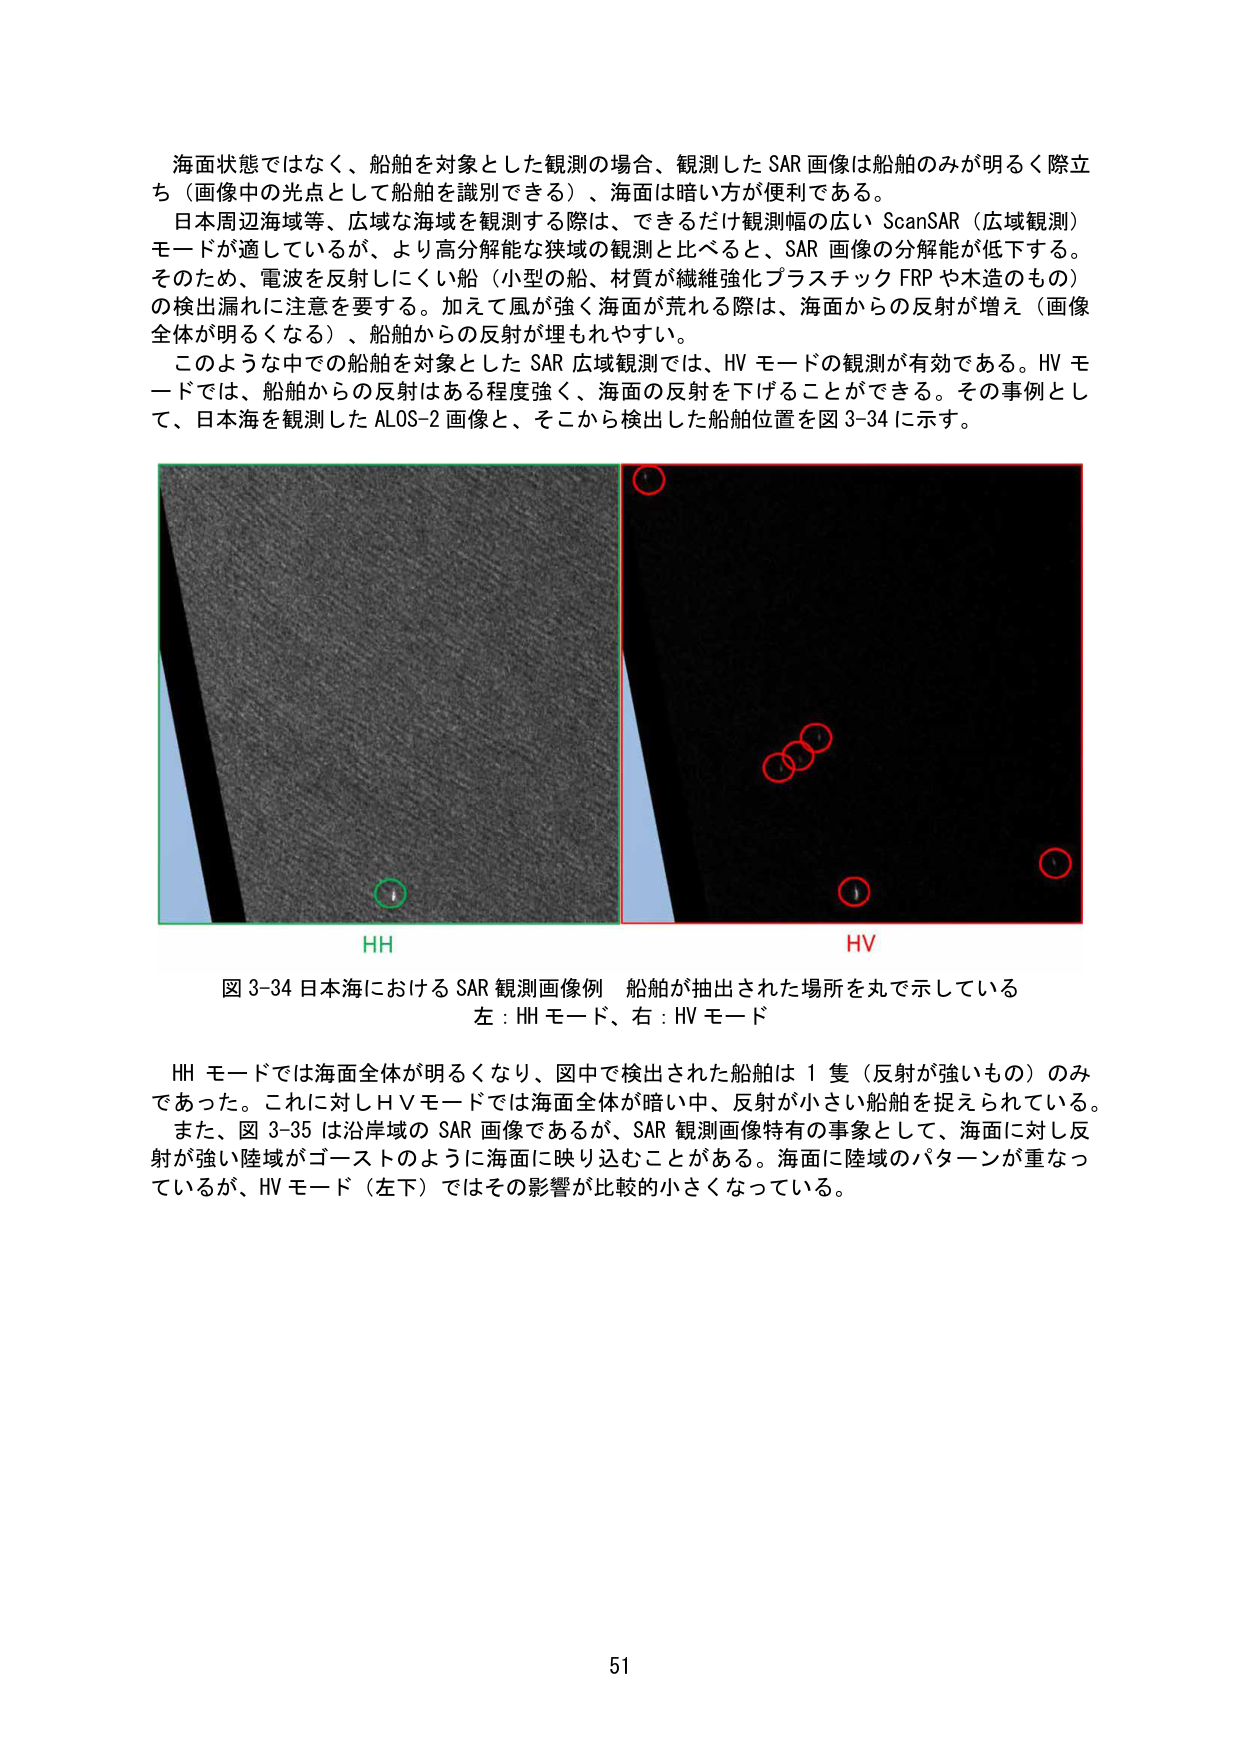
海面状態ではなく、船舶を対象とした観測の場合、観測した SAR 画像は船舶のみが明るく際立ち（画像中の光点として船舶を識別できる）、海面は暗い方が便利である。

日本周辺海域等、広域な海域を観測する際は、できるだけ観測幅の広い ScanSAR（広域観測）モードが適しているが、より高分解能な狭域の観測と比べると、SAR 画像の分解能が低下する。そのため、電波を反射しにくい船（小型の船、材質が繊維強化プラスチック FRP や木造のもの）の検出漏れに注意を要する。加えて風が強く海面が荒れる際は、海面からの反射が増え（画像全体が明るくなる）、船舶からの反射が埋もれやすい。

このような中での船舶を対象とした SAR 広域観測では、HV モードの観測が有効である。HV モードでは、船舶からの反射はある程度強く、海面の反射を下げることができる。その事例として、日本海を観測した ALOS-2 画像と、そこから検出した船舶位置を図 3-34 に示す。

HH
HV

図 3-34 日本海における SAR 観測画像例　船舶が抽出された場所を丸で示している
左：HH モード、右：HV モード

HH モードでは海面全体が明るくなり、図中で検出された船舶は 1 隻（反射が強いもの）のみであった。これに対し HV モードでは海面全体が暗い中、反射が小さい船舶を捉えられている。また、図 3-35 は沿岸域の SAR 画像であるが、SAR 観測画像特有の事象として、海面に対し反射が強い陸域がゴーストのように海面に映り込むことがある。海面に陸域のパターンが重なっているが、HV モード（左下）ではその影響が比較的小さくなっている。

51